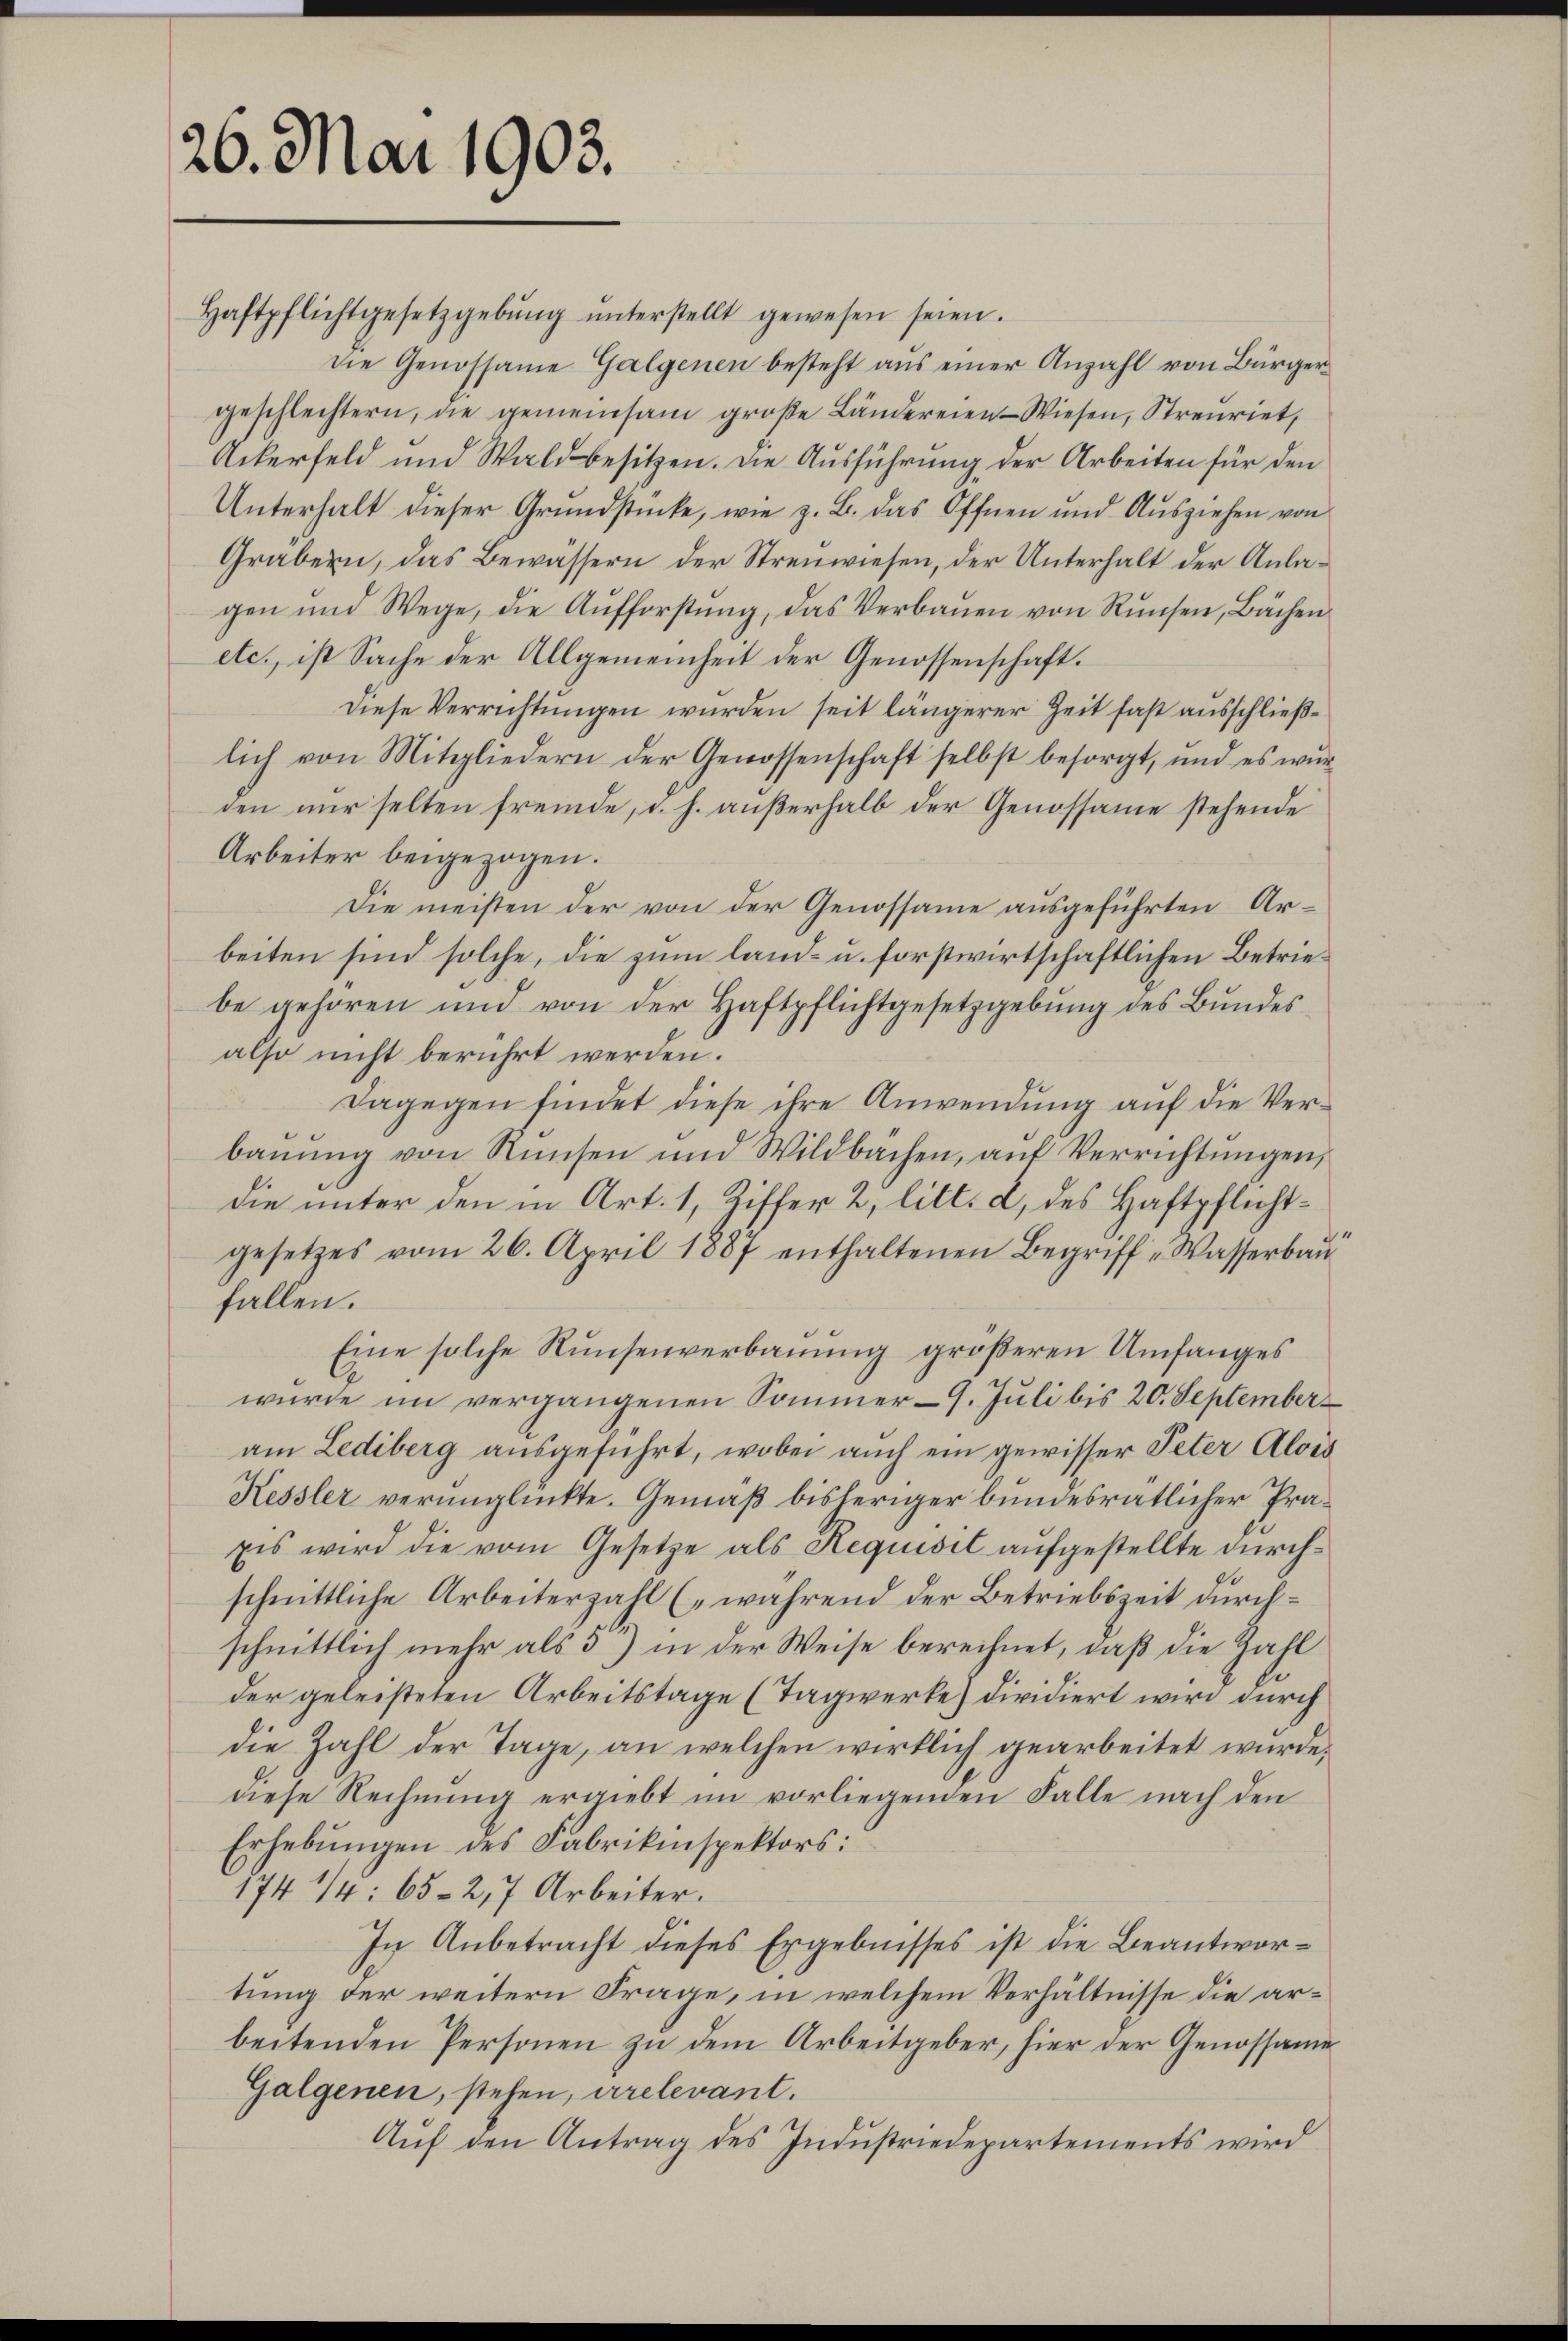
26. Mai 1903.

Haftpflichtgesetzgebŭng ŭnterstellt gewesen seien.
die Genossame Galgenen besteht aus einer Anzahl von Bürgergeschlechtern, die gemeinsam große Ländereien - Wiesen, Streuriet,
Ackerfeld und Waldbesitzen. Die Ausführung der Arbeiten für den
Unterhalt dieser Grundstücke, wie z. B. das Öffnen und Aŭsziehen von
Gräbern, das Bewässern der Strenwiesen, der Unterhalt der Anlagen und Wege, die Aŭfforstŭng, das Verbaŭen von Rŭsen, Bächen
etc., ist Sache der Allgemeinheit der Genossenschaft.
Diese Verrichtungen wurden seit längerer Zeit fast ausschließlich von Mitgliedern der Genossenschaft selbst besorgt, und es wŭr
den nur selten fremde, d. h. außerhalb der Genossame stehende
Arbeiter beigezogen.
Die meisten der von der Genossame ausgeführten Arbeiten sind solche, die zum land- u. forstwirtschaftlichen Betriebe gehören und von der Haftpflichtgesetzgebung des Bundes
also nicht berührt werden.
Dagegen findet diese ihre Anwendung auf die Verbauung von Runsen und Wildbachen, auf Verrichtungen,
die unter den in Art. 1, Ziffer 2, litt. d, des Haftpflichtgesetzes vom 26. April 1887 enthaltenen Begriff-Wasserbau
fallen.
Eine solche Runsenverbauung größeren Umfanges
wurde im vergangenen Sommer-G. Juli bis 20. September
am Lediberg ausgeführt, wobei auch ein gewisser Peter Alois
Kessler verunglückte. Gemäß bisheriger bundesrätlicher Prä¬
Eis wird die vom Gesetze als Requisit aufgestellte durchschnittliche Arbeiterzahl (während der Betriebszeit durchschnittlich mehr als 5 in der Weise berechnet, daß die Kahl
der geleisteten Arbeitstage (Tagwerke) dividiert wird durch
die Zahl der Tage, an welchen wirklich gearbeitet wurde.
diese Rechnung ergiebt im vorliegenden Falle nach den
Erhebŭngen des Fabrikinspektors:
174 1/4: 65-2,7 Arbeiter.
In Anbetracht dieses Ergebnisses ist die Beantwortung der weitern Frage, in welchem Verhältnisse die arbeitenden Personen zu dem Arbeitgeber, hier der Genossame
Galgenen, stehen, irrelevant.
Aŭf den Antrag des Industriedepartements wird